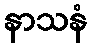
နာသနံ